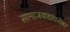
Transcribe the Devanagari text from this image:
सामाजवाद्यांवरोबर